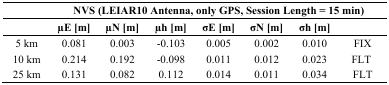
<table><thead><tr><td></td><td colspan="7"><b>NVS (LEIAR10 Antenna, only GPS, Session Length=15 min)</b></td></tr><tr><td></td><td><b>μE [m]</b></td><td><b>μN [m]</b></td><td><b>μh [m]</b></td><td><b>σE [m]</b></td><td><b>σN [m]</b></td><td><b>σh [m]</b></td><td></td></tr></thead><tbody><tr><td>5 km</td><td>0.081</td><td>0.003</td><td>-0.103</td><td>0.005</td><td>0.002</td><td>0.010</td><td>FIX</td></tr><tr><td>10 km</td><td>0.214</td><td>0.192</td><td>-0.098</td><td>0.011</td><td>0.012</td><td>0.023</td><td>FLT</td></tr><tr><td>25 km</td><td>0.131</td><td>0.082</td><td>0.112</td><td>0.014</td><td>0.011</td><td>0.034</td><td>FLT</td></tr></tbody></table>